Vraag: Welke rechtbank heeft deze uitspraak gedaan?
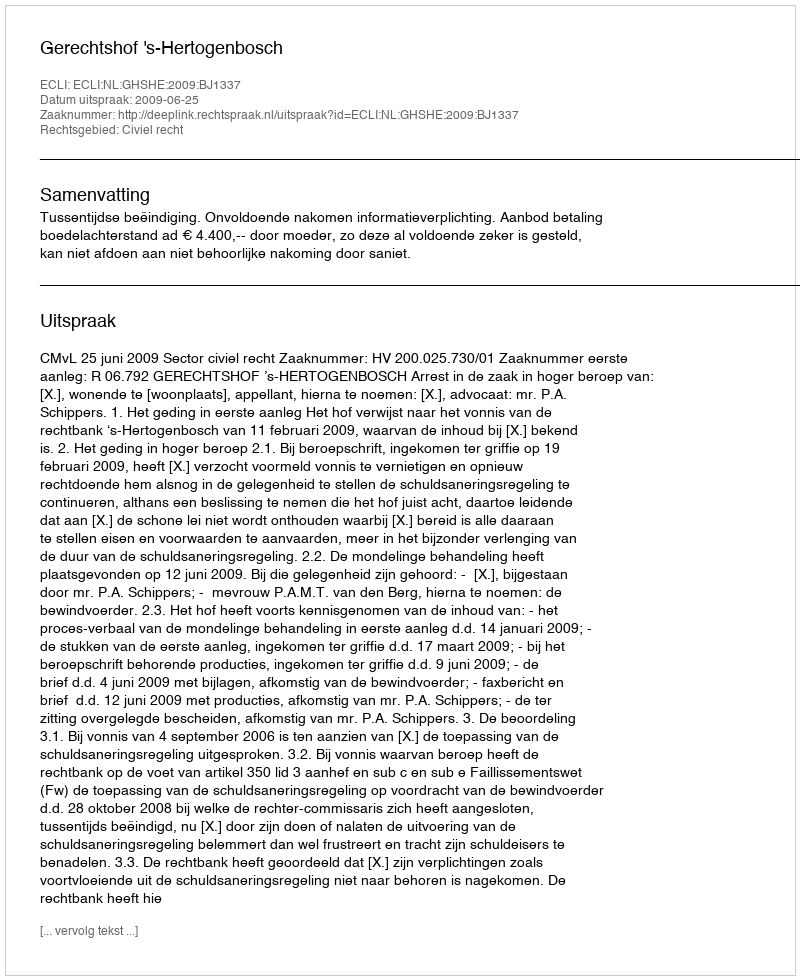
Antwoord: Gerechtshof 's-Hertogenbosch